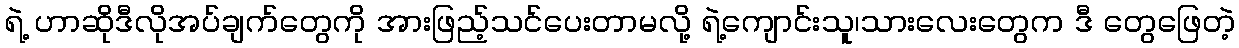
ရဲ့ ဟာဆိုဒီလိုအပ်ချက်တွေကို အားဖြည့်သင်ပေးတာမလို့ ရဲ့ကျောင်းသူ၊သားလေးတွေက ဒီ တွေဖြေတဲ့